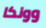
وونكا